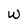
Character: W